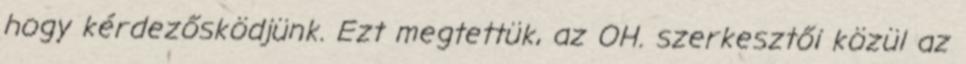
hogy kérdezősködjünk. Ezt megtettük, az OH. szerkesztői közül az